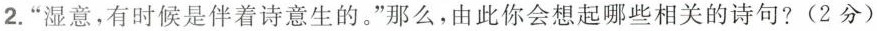
2.”湿意，有时候是伴着诗意生的。”那么，由此你会想起哪些相关的诗句?(2分)